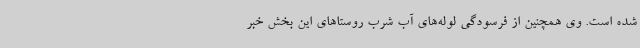
شده است. وی همچنین از فرسودگی لوله‌های آب شرب روستاهای این بخش خبر